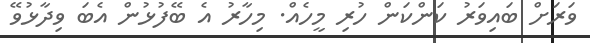
ވަރަށް ބައިވަރު ކަންކަން ހުރި މީހެއް. މިހާރު އެ ބޭފުޅުން އެބަ ވިދާޅުވޭ